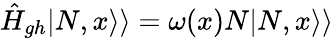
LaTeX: \hat{H}_{gh}|N,x\rangle\rangle=\omega(x)N|N,x\rangle\rangle